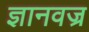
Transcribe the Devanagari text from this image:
ज्ञानवज्र